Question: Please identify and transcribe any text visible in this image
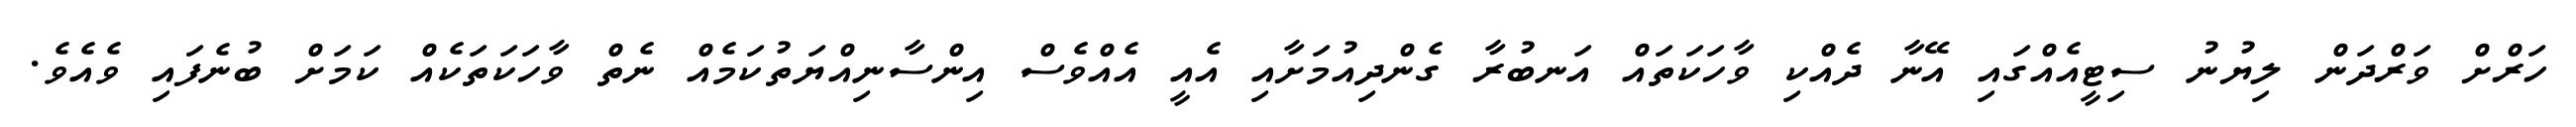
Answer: ހަރްށް ވަރްދަން ލިޔުނު ސިޓީއެއްގައި އޭނާ ދެއްކި ވާހަކަތައް އަނބުރާ ގެންދިއުމަށާއި އެއީ އެއްވެސް އިންސާނިއްޔަތުކަމެއް ނެތް ވާހަކަތަކެއް ކަމަށް ބުނެފައި ވެއެވެ.